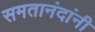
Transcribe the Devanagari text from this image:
समतानंदांनी